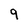
Character: 9